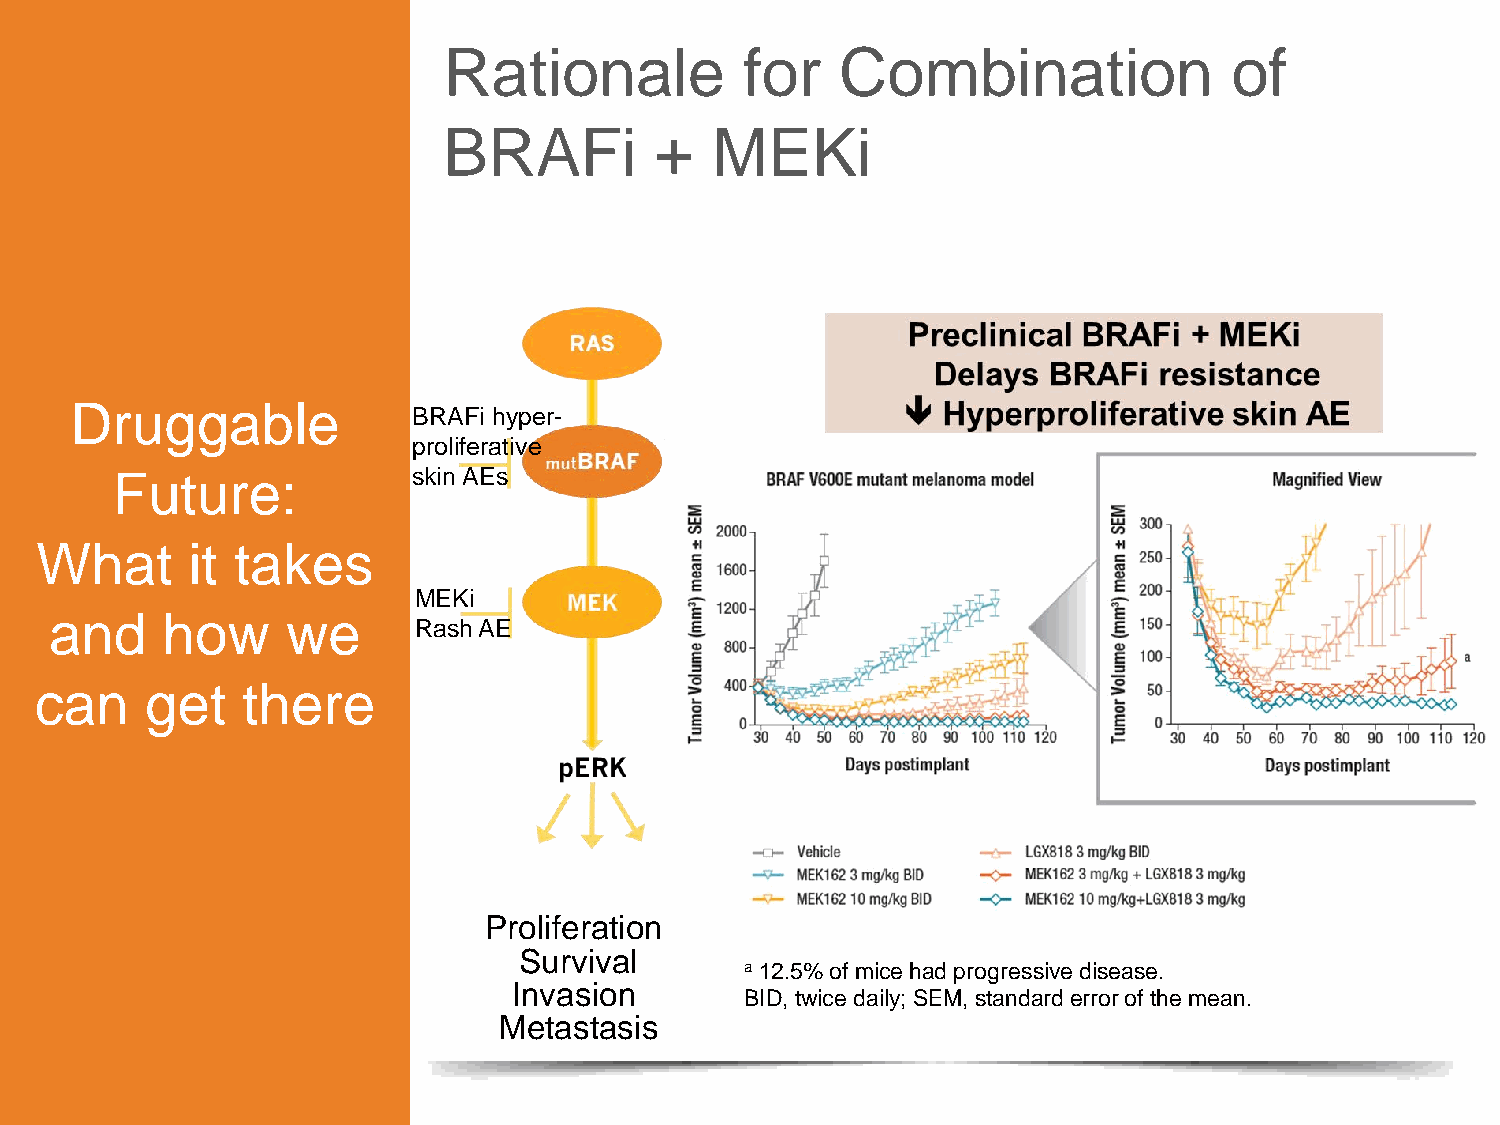
Rationale           for    Combination               of
 BRAFi         +   MEKi
 Druggable
 BRAFi hyper-
 proliferative
 Future:             skin AEs
 What      it takes
 MEKi
 and     how     we
 Rash AE
 can     get   there
 Proliferation
 Survival
 a 12.5% of mice had progressive disease.
 Invasion
 BID, twice daily; SEM, standard error of the mean.
 Metastasis
 21